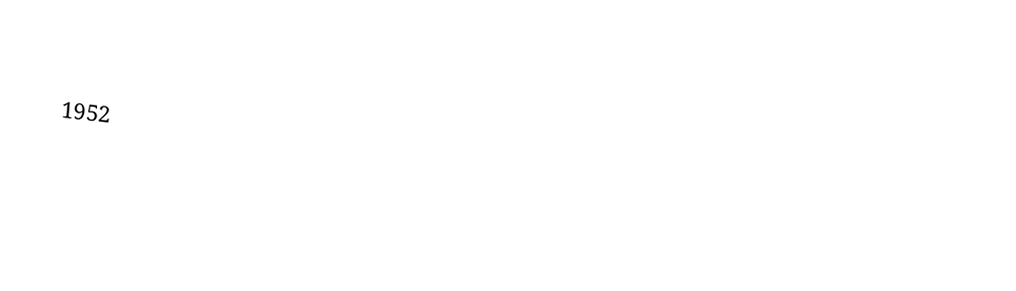

1952